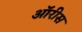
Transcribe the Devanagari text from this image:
ऑरीस